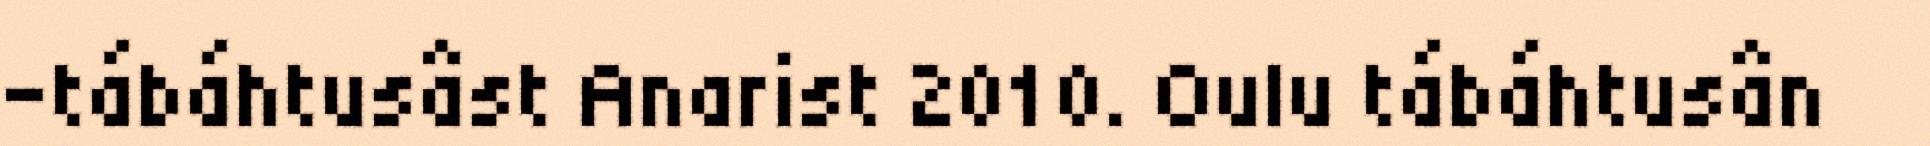
–tábáhtusâst Anarist 2010. Oulu tábáhtusân